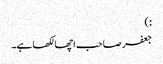
:)
جعفر صاحب اچھا لکھا ہے۔